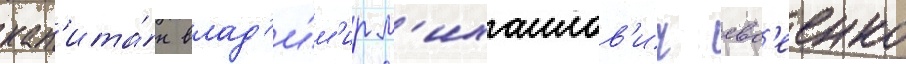
кап'ита́н влад'и́м'ир м'ихаилов'ич евс'еенко